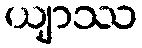
ယျာဿ